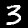
Label: 3